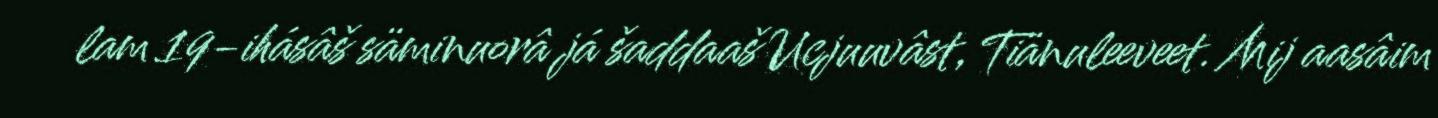
lam 19-ihásâš säminuorâ já šaddaaš Ucjuuvâst, Tiänuleeveet. Mij aasâim